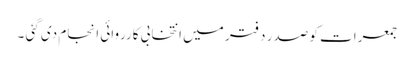
جمعرات کو صدر دفتر میں انتخابی کارروائی انجام دی گئی ۔